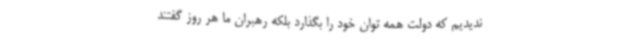
ندیدیم که دولت همه توان خود را بگذارد بلکه رهبران ما هر روز گفتند